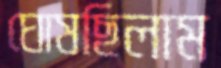
ঘোষছিলাম